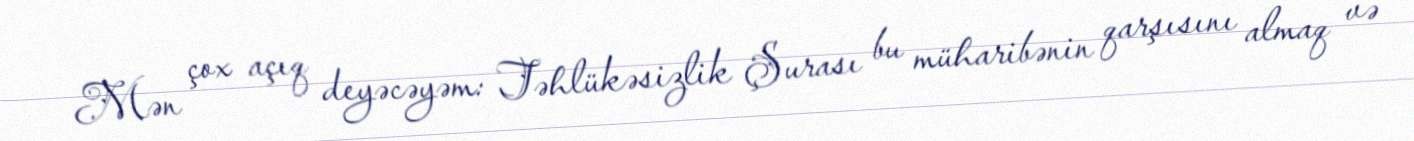
Mən çox açıq deyəcəyəm: Təhlükəsizlik Şurası bu müharibənin qarşısını almaq və